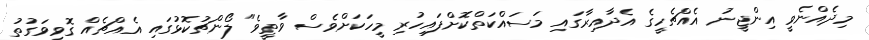
މިދެއްނެވީ އިންޖީނު އެއްޗެހީގެ އެދާއިރާގައި މަސައްކަތްކޮށްފައިހުރި މީހަކަށްވެސް ވާތީވެ" ލޯންޗުކޮޅުގައި އެއްޗެއް ގޮވިވަގުތު